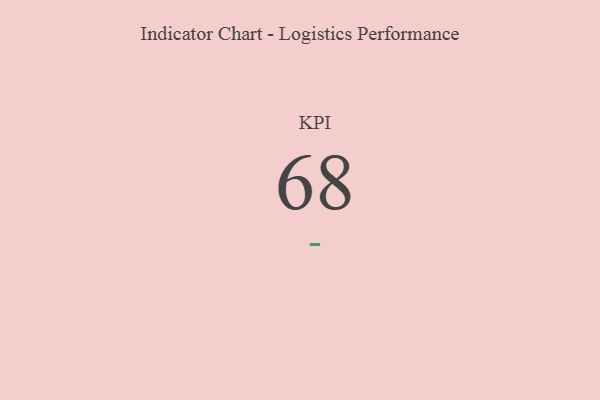
{"axis": {"x": "KPI", "y": "Value"}, "legend": [""], "data": [{"x": "KPI", "y": 68, "type": ""}]}